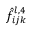
\hat { f } _ { i j k } ^ { l , 4 }